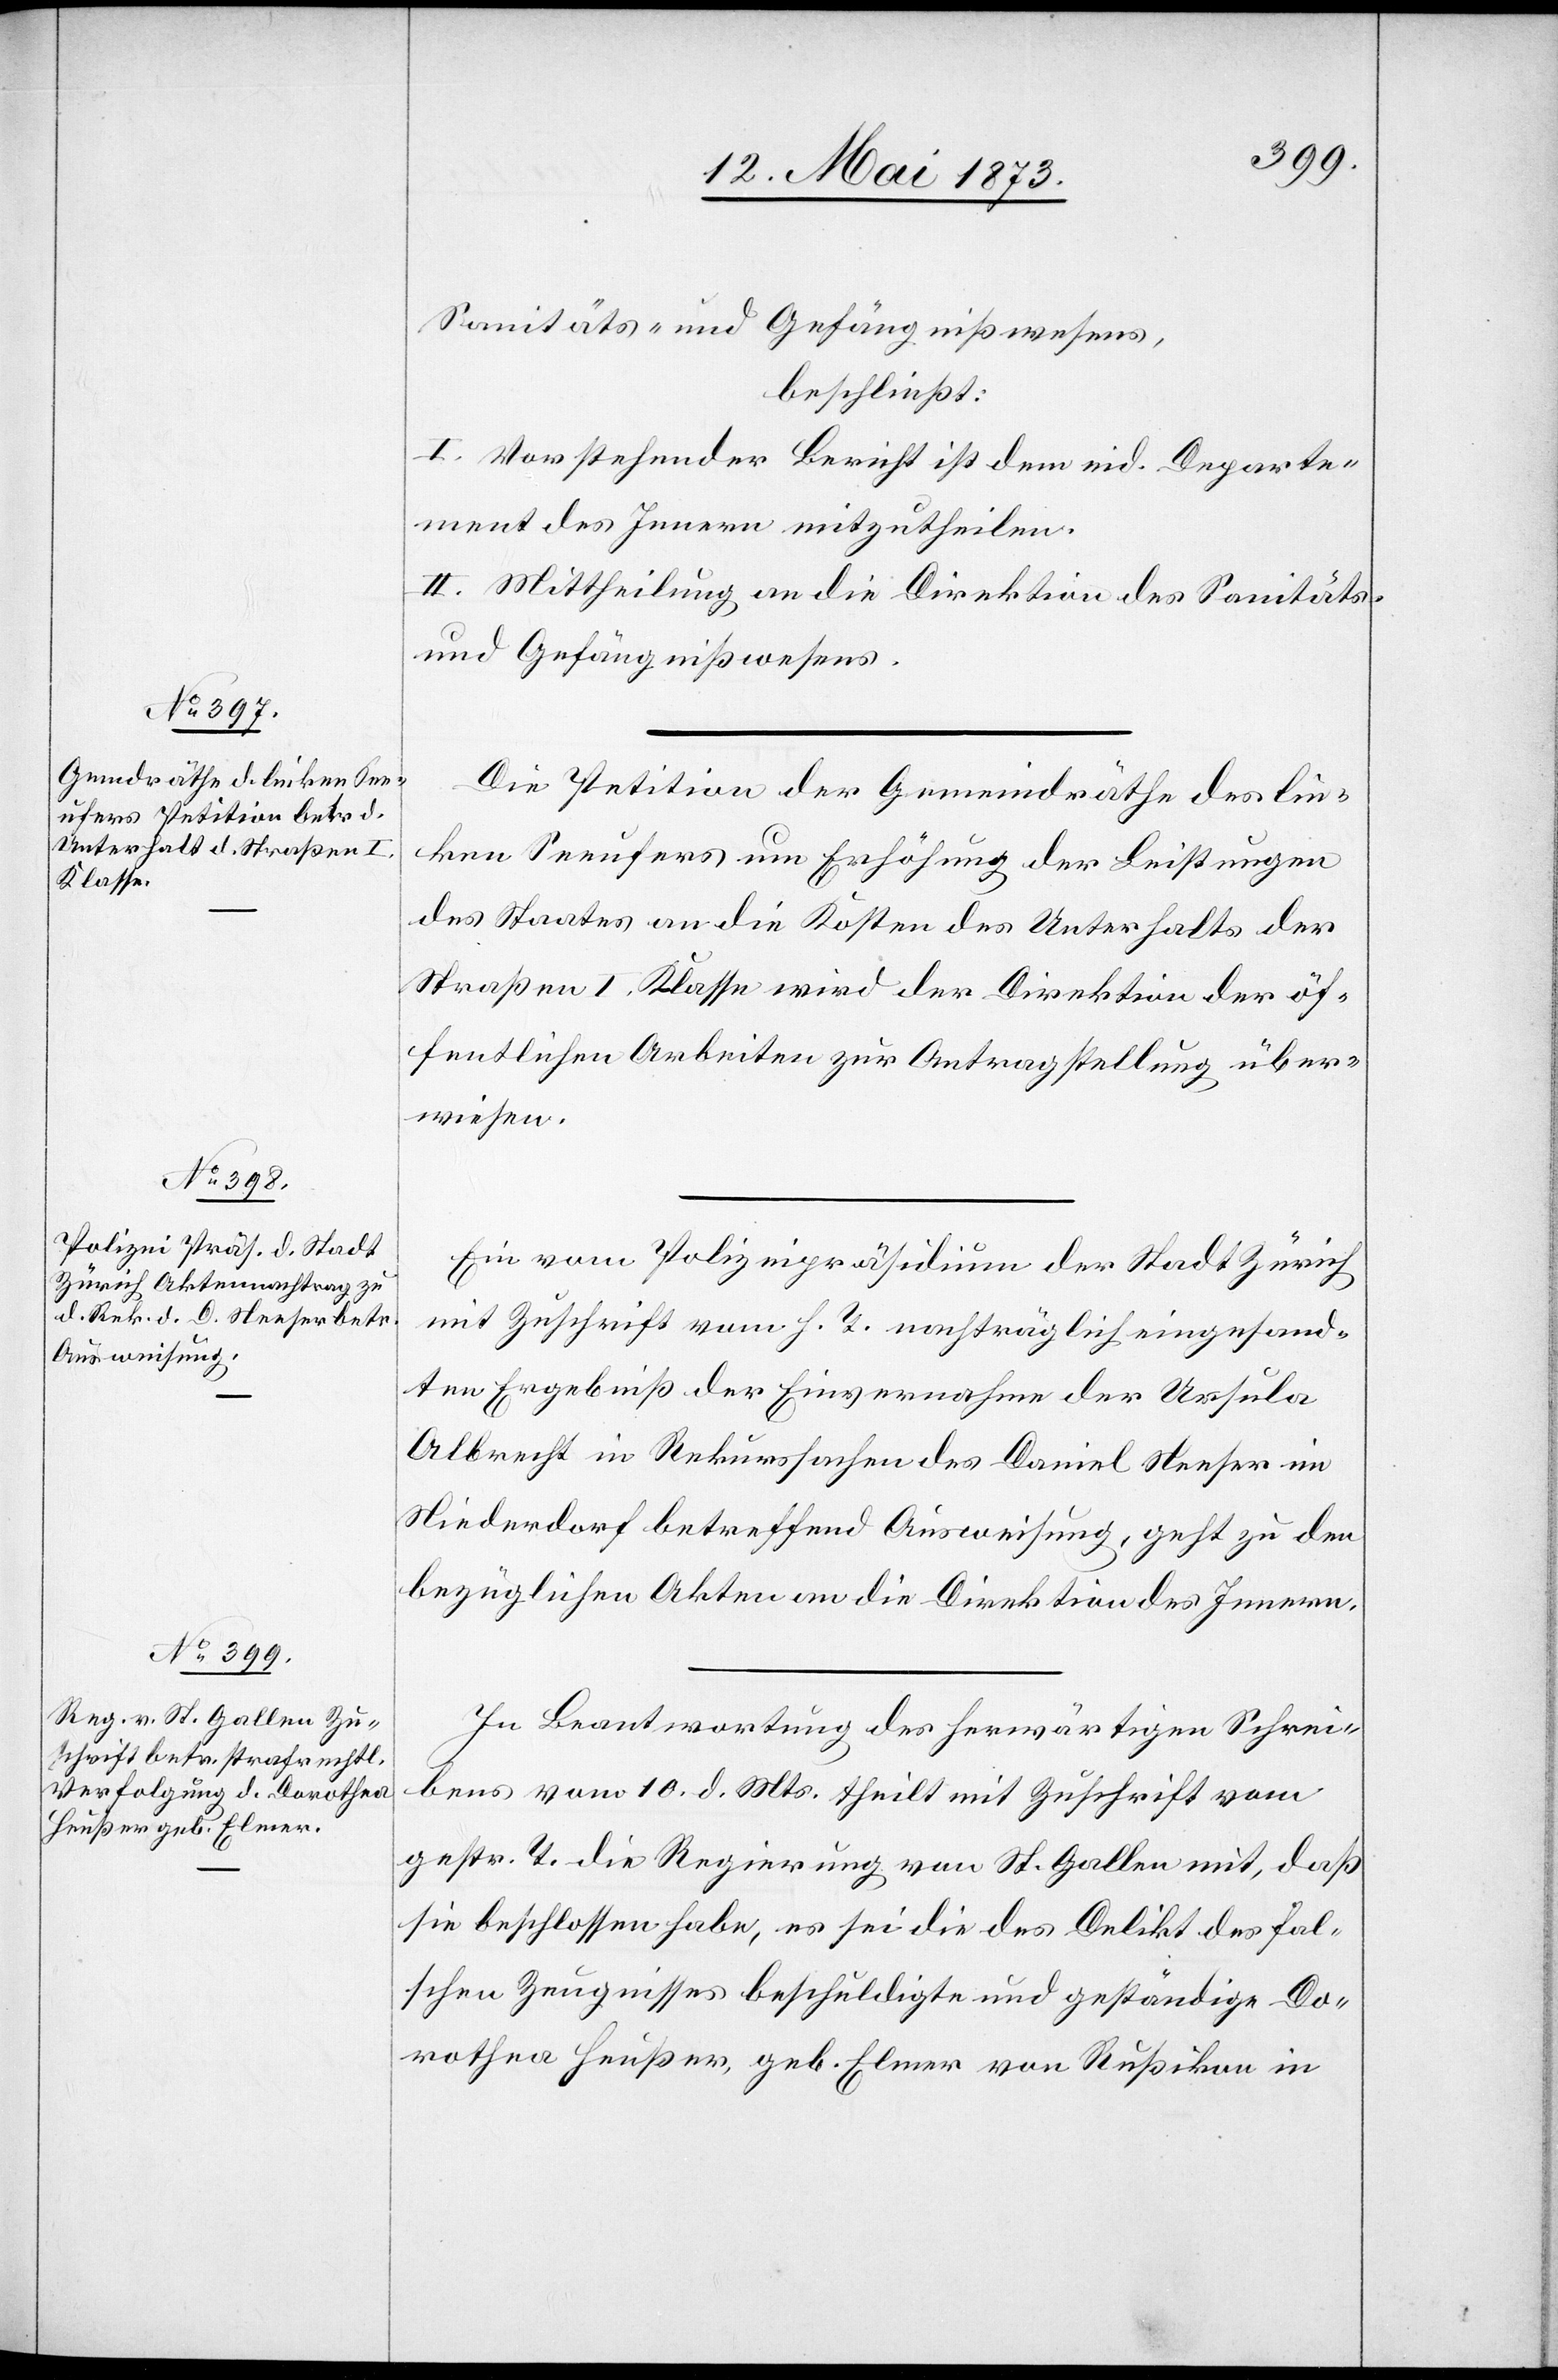
15. Mai 1873.]
Sanitäts- und Gefängnißwesens,
beschließt:
I. Vorstehender Bericht ist dem eid. Departe¬
ment des Innern mitzutheilen.
II. Mittheilung an die Direktion des Sanitäts-
und Gefängnißwesens.
Die Petition der Gemeindräthe des lin¬
ken Seeufers um Erhöhung der Leistungen
des Staates an die Kosten des Unterhalts der
Straßen I. Klasse wird der Direktion der öf¬
fentlichen Arbeiten zur Antragstellung über¬
wiesen.
Ein vom Polizeipräsidium der Stadt Zürich
mit Zuschrift vom h. T. nachträglich eingesand¬
ten Ergebniß der Einvernahme der Ursula
Albrecht in Rekurssachen des Daniel Neeser im
Niederdorf betreffend Ausweisung, geht zu den
bezüglichen Akten an die Direktion des Innern.
In Beantwortung des herwärtigen Schrei¬
bens vom 10. d. Mts. theilt mit Zuschrift vom
gestr. T. die Regierung von St. Gallen mit, daß
sie beschlossen habe, es sei die des Delikt des fal¬
schen Zeugnisses beschuldigte und geständige Do¬
rothea Heußer, geb. Elmer von Rußikon in